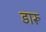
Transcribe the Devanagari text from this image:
डारू